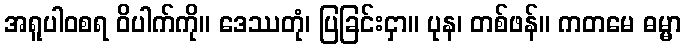
အရူပါဝစရ ဝိပါက်ကို။ ဒေဿတုံ၊ ပြခြင်းငှာ။ ပုန၊ တစ်ဖန်။ ကတမေ ဓမ္မာ